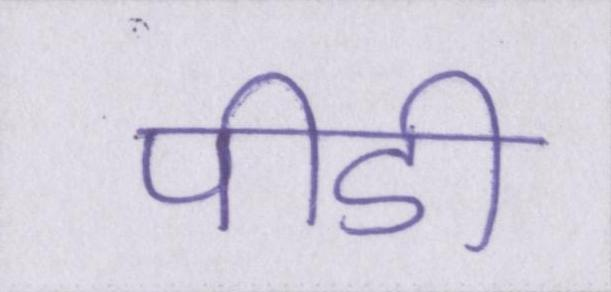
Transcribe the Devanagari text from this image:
पीडी